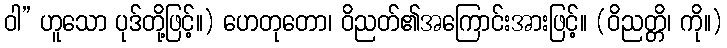
ဝါ” ဟူသော ပုဒ်တို့ဖြင့်။) ဟေတုတော၊ ဝိညတ်၏အကြောင်းအားဖြင့်။ (ဝိညတ္တိ၊ ကို။)